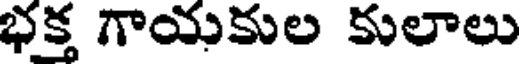
భక్త గాయకుల కులాలు